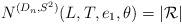
LaTeX: \begin{align*}N^{(D_n,S^2)}(L,T,e_1,\theta)=|\mathcal R|\end{align*}